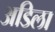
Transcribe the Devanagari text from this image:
अडिला